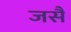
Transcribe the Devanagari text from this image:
जसै